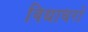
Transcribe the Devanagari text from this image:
विद्याधरो